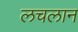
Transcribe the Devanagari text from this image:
लचलान